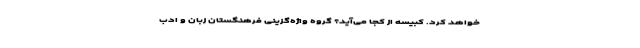
خواهد کرد. کبیسه از کجا می‌آید؟ گروه واژه‌گزینی فرهنگستان زبان و ادب